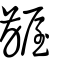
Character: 齷